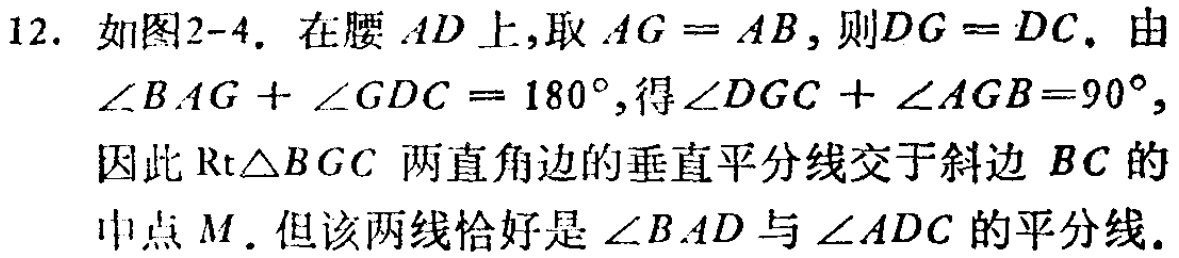
12. 如图2-4. 在腰 \(AD\) 上,取 \(AG = AB\),则 \(DG = DC\). 由 \(\angle BAG+\angle GDC = 180^{\circ}\),得 \(\angle DGC+\angle AGB = 90^{\circ}\), 因此 \(\text{Rt}\triangle BGC\) 两直角边的垂直平分线交于斜边 \(BC\) 的中点 \(M\). 但该两线恰好是 \(\angle BAD\) 与 \(\angle ADC\) 的平分线.